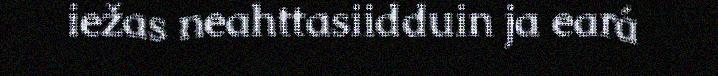
iežas neahttasiidduin ja eará